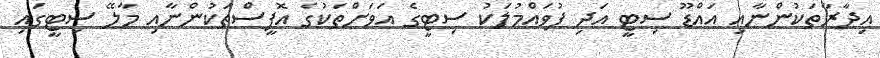
އިދާރާތަކުންނާއި އައްޑޫ ސިޓީ އަދި ފުވައްމުލަކު ސިޓީގެ އަވަށްތަކުގެ އޮފީސްތަކުންނާއި މާލޭ ސިޓީގައި